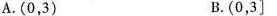
A.(0，3) B.(0，3]